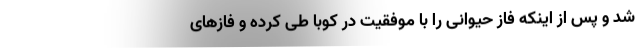
شد و پس از اینکه فاز حیوانی را با موفقیت در کوبا طی کرده و فازهای